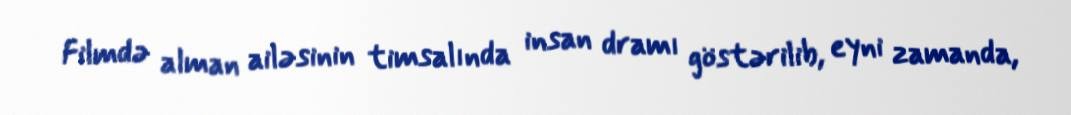
Filmdə alman ailəsinin timsalında insan dramı göstərilib, eyni zamanda,